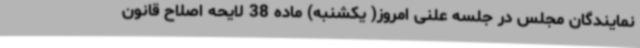
نمایندگان مجلس در جلسه علنی امروز( یکشنبه) ماده 38 لایحه اصلاح قانون